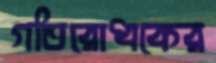
গতিরোধকের